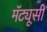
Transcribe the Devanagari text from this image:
मॅट्यूसी